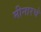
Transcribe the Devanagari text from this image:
मीनारचे